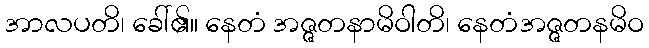
အာလပတိ၊ ခေါ်၏။ နေတံ အဇ္ဇတနာမိဝါတိ၊ နေတံအဇ္ဇတနမိဝ